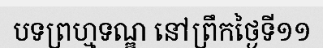
បទព្រហ្មទណ្ឌ នៅព្រឹកថ្ងៃទី១១